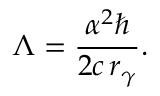
\Lambda = \frac { \alpha ^ { 2 } \hbar } { 2 c \, r _ { \gamma } } .